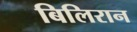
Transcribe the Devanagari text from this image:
बिलिरान